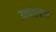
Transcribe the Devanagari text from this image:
उतातलान